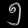
Digit: ၅